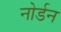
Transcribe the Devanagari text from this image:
नोर्डन